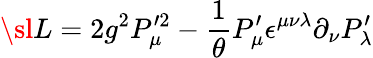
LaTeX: {\sl L}=2g^{2}P_{\mu}^{\prime 2}-{\frac{1}{\theta}}P_{\mu}^{\prime}\epsilon^{\mu\nu\lambda}\partial_{\nu}P_{\lambda}^{\prime}